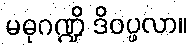
မဓုဂဏ္ဍိ ဒိဝပ္ဖလာ။